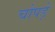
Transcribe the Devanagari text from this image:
चोपड़े